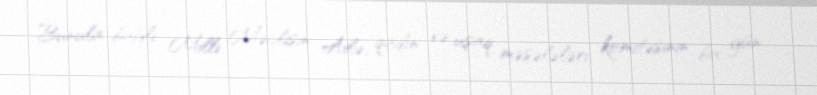
Bunula bağlı Milli Məclisin Ailə, qadın və uşaq məsələləri komitəsinin bu gün